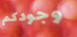
وجودكم